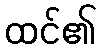
ထင်၏